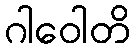
ဂါဝေါတိ